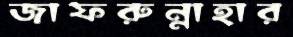
জাফরুন্নাহার